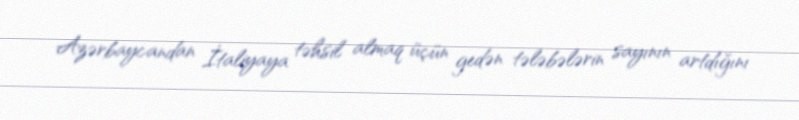
Azərbaycandan İtaliyaya təhsil almaq üçün gedən tələbələrin sayının artdığını